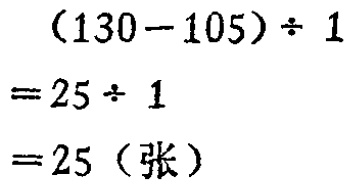
\[(130 - 105)\div1\\

=25\div1\\

=25 (\text{张})\]